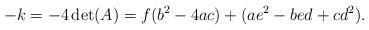
LaTeX: \begin{align*} -k=-4\det(A)= f(b^2-4ac)+(ae^2-bed+cd^2).\end{align*}